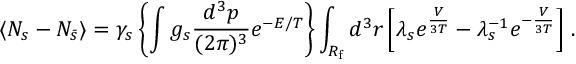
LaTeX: \langle N _ { s } - N _ { \bar { s } } \rangle = \gamma _ { s } \left\{ \int g _ { s } \frac { d ^ { 3 } p } { ( 2 \pi ) ^ { 3 } } e ^ { - E / T } \right\} \int _ { R _ { \mathrm { f } } } d ^ { 3 } r \left[ \lambda _ { s } e ^ { \frac V { 3 T } } - \lambda _ { s } ^ { - 1 } e ^ { - \frac V { 3 T } } \right] \, .